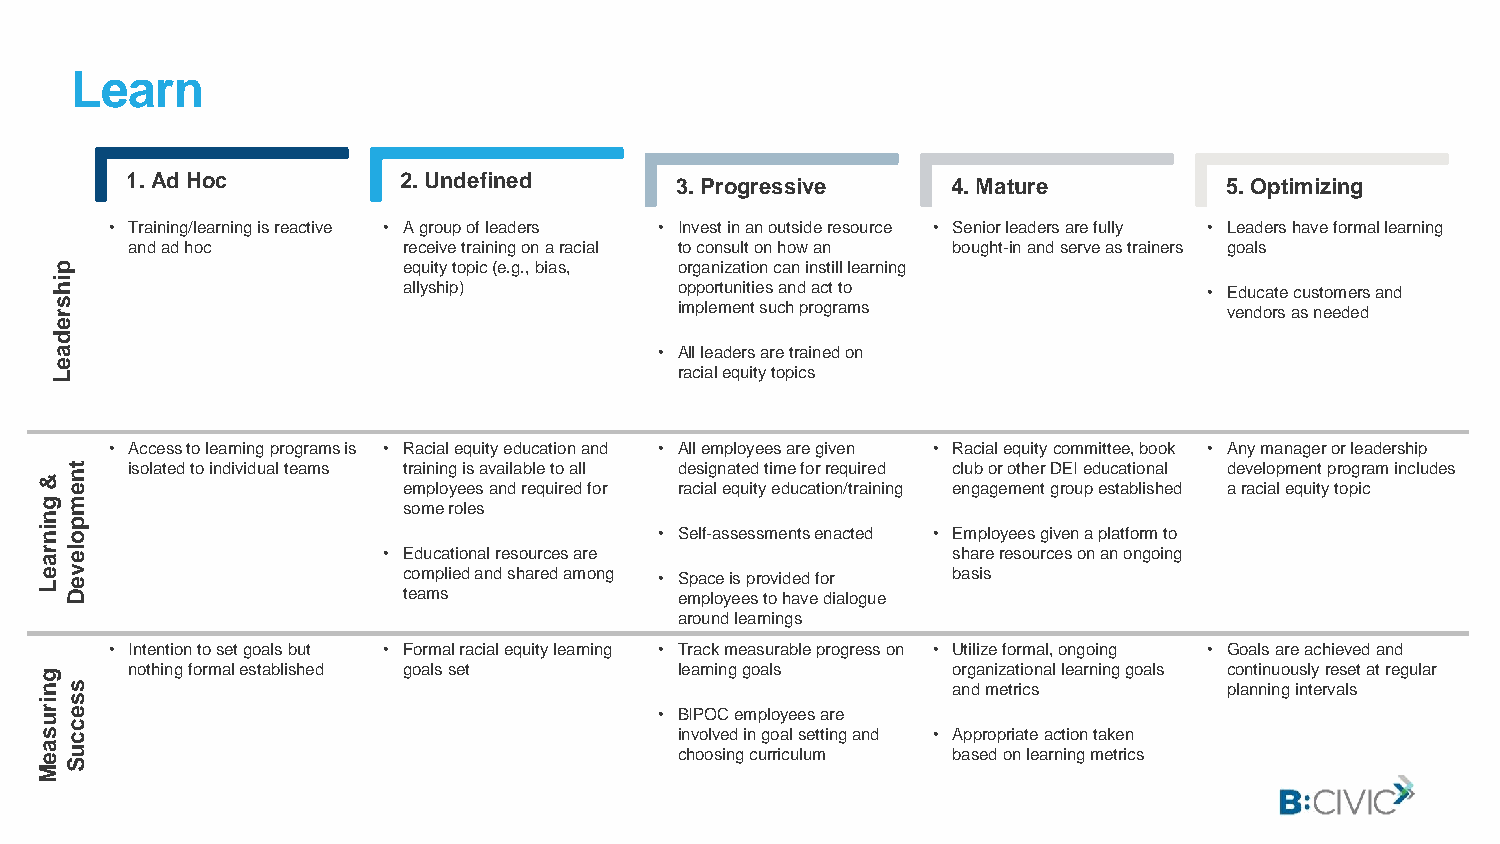
Learn
 1. Ad Hoc         2. Undefined       3. Progressive    4. Mature         5. Optimizing
 • Training/learning is reactive • A group of leaders • Invest in an outside resource • Senior leaders are fully • Leaders have formal learning
 and ad hoc         receivetraining on a racial to consult on how an bought-in and serve as trainers goals
 p                       equity topic(e.g., bias, organization can instill learning
 i h                     allyship)         opportunities and act to           • Educate customers and
 s r                                       implement such programs             vendors as needed
 e
 d
 a                                        • All leaders are trained on
 e
 L                                         racialequity topics
 • Access to learning programs is • Racial equity education and • All employees are given • Racial equity committee, book • Any manager or leadership
 &t
 n
 isolated to individual teams training is available to all designated time for required club or other DEI educational development program includes
 e                      employees and required for racial equity education/training engagement group established aracial equity topic
 gm                      some roles
 np
 i no                                     • Self-assessments enacted • Employees given a platform to
 r al e                • Educational resources are           share resources on an ongoing
 e Lv e                  complied and shared among • Space is provided for basis
 D                      teams             employees to have dialogue
 around learnings
 • Intention to set goals but • Formal racial equity learning • Track measurable progress on • Utilize formal, ongoing • Goals are achieved and
 g    nothing formal established goals set learning goals    organizational learning goals continuously reset at regular
 ns                                                          and metrics       planning intervals
 is
 r ue
 c
 • BIPOC employees are
 sc                                        involved in goal setting and • Appropriate action taken
 a eu
 S
 choosing curriculum based on learning metrics
 M